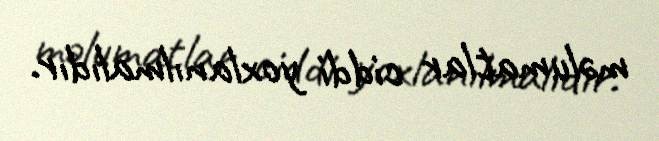
məlumatlar ciddi yoxlanılmalıdır.